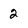
Character: 2